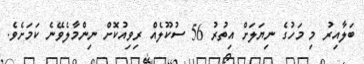
ބަލާއިރު މި މަހުގެ ނިޔަލަށް އިތުރު 56 ސުކޫލެއް ރިވިއުކޮށް ނިންމާލެވޭނެ ކަމަށެވެ.